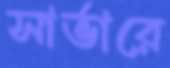
সার্ভারে